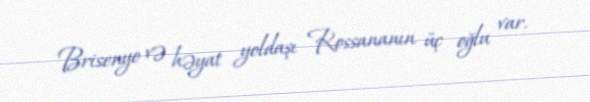
Brisenyo və həyat yoldaşı Rossananın üç oğlu var.